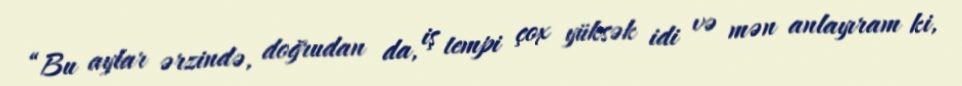
“Bu aylar ərzində, doğrudan da, iş tempi çox yüksək idi və mən anlayıram ki,